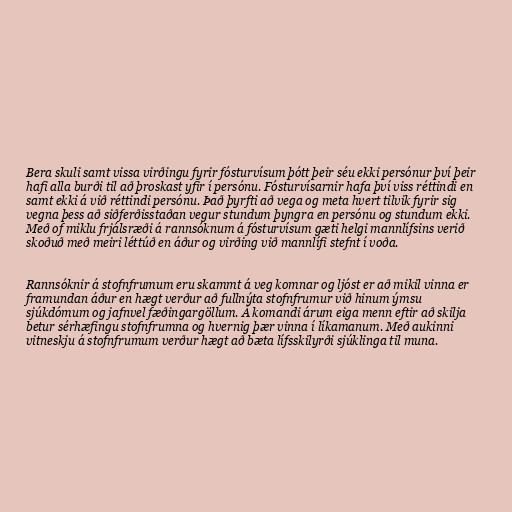
Bera skuli samt vissa virðingu fyrir fósturvísum þótt þeir séu ekki persónur því þeir
hafi alla burði til að þroskast yfir í persónu. Fósturvísarnir hafa því viss réttindi en
samt ekki á við réttindi persónu. Það þyrfti að vega og meta hvert tilvik fyrir sig
vegna þess að siðferðisstaðan vegur stundum þyngra en persónu og stundum ekki.
Með of miklu frjálsræði á rannsóknum á fósturvísum gæti helgi mannlífsins verið
skoðuð með meiri léttúð en áður og virðing við mannlífi stefnt í voða.

Rannsóknir á stofnfrumum eru skammt á veg komnar og ljóst er að mikil vinna er
framundan áður en hægt verður að fullnýta stofnfrumur við hinum ýmsu
sjúkdómum og jafnvel fæðingargöllum. Á komandi árum eiga menn eftir að skilja
betur sérhæfingu stofnfrumna og hvernig þær vinna í líkamanum. Með aukinni
vitneskju á stofnfrumum verður hægt að bæta lífsskilyrði sjúklinga til muna.